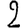
Digit: 2